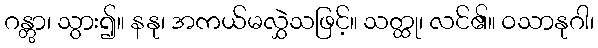
ဂန္တွာ၊ သွား၍။ နနု၊ အကယ်မလွှဲသဖြင့်။ သတ္ထု၊ လင်၏။ ဝသာနုဂါ၊